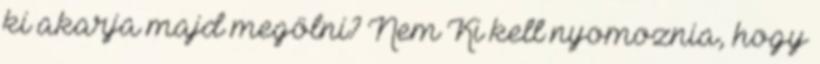
ki akarja majd megölni? Nem Ki kell nyomoznia, hogy